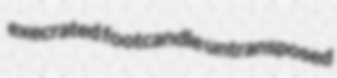
execrated footcandle untransposed